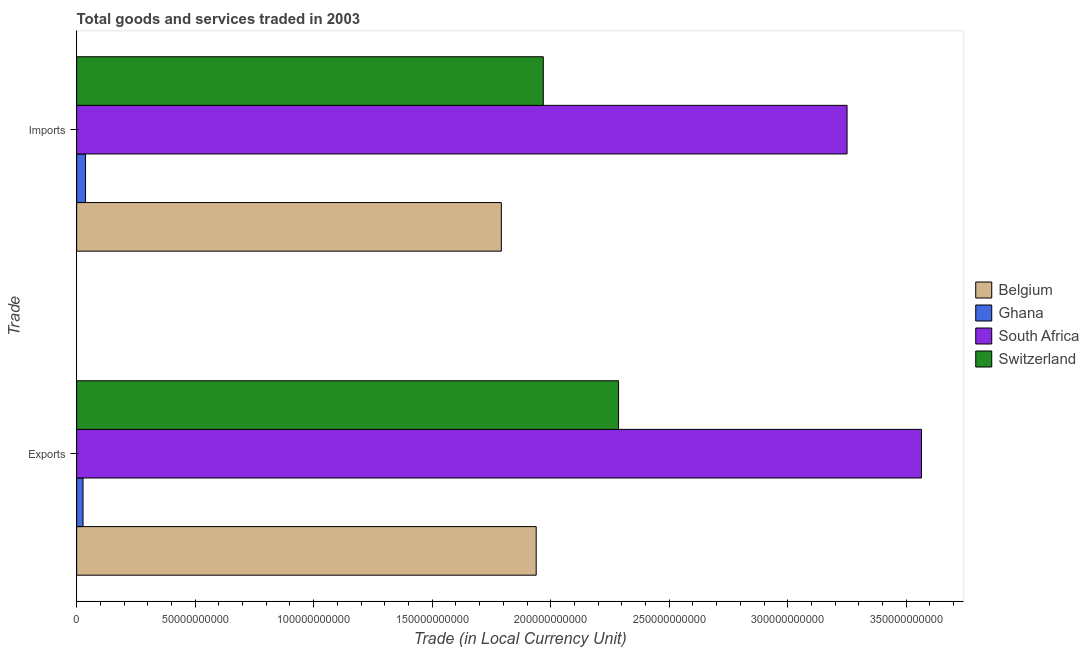
| Trade | Belgium | Ghana | South Africa | Switzerland |
 | --- | --- | --- | --- | --- |
 | Exports | 1.94e+11 | 2.69e+09 | 3.56e+11 | 2.29e+11 |
 | Imports | 1.79e+11 | 3.75e+09 | 3.25e+11 | 1.97e+11 |